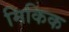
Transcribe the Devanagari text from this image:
मिकिक